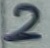
Text: 2